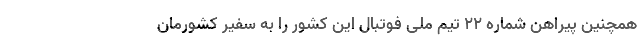
همچنین پیراهن شماره ۲۲ تیم ملی فوتبال این کشور را به سفیر کشورمان